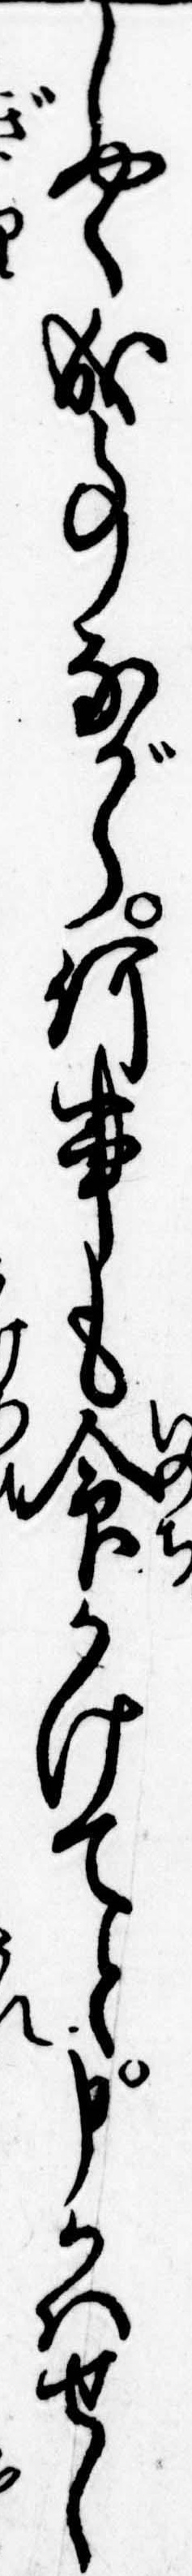
しやく成事ながら何事も命かけてと申かはせし